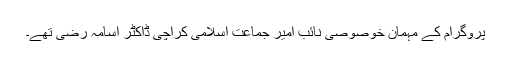
پروگرام کے مہمان خوصوصی نائب امیر جماعت اسلامی کراچی ڈاکٹر اسامہ رضی تھے۔